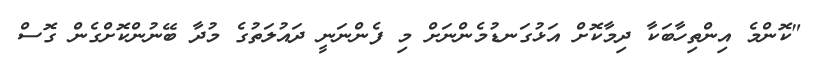
"ކޮންމެ އިންތިހާބަކާ ދިމާކޮށް އަޅުގަނޑުމެންނަށް މި ފެންނަނީ ދައުލަތުގެ މުދާ ބޭނުންކޮށްގެން ގޮސް